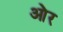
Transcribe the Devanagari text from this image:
आ॓र